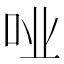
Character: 𫩤